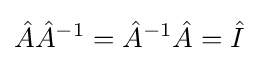
{\hat {A}}{\hat {A}}^{-1}={\hat {A}}^{-1}{\hat {A}}={\hat {I}}